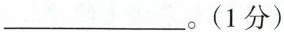
___。(1分)